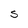
Character: S